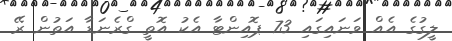
ލީގުގެ އެއް ވަނައިގައި 73 ޕޮއިންޓާ އެކު އޮތީ ގްރެނަޑާ އަތުން ރޭ